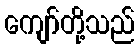
ကျော်တို့သည်